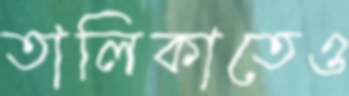
তালিকাতেও